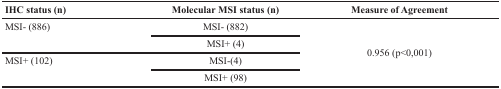
<table><thead><tr><td><b>IHC status (n)</b></td><td><b>Molecular MSI status (n)</b></td><td><b>Measure of Agreement</b></td></tr></thead><tbody><tr><td rowspan="2">MSI- (886)</td><td>MSI- (882)</td><td rowspan="4">0.956 (p&lt;0,001)</td></tr><tr><td>MSI+ (4)</td></tr><tr><td rowspan="2">MSI+ (102)</td><td>MSI-(4)</td></tr><tr><td>MSI+ (98)</td></tr></tbody></table>